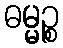
ဓမ္မဉ္စ